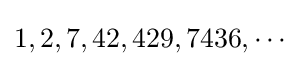
1,2,7,42,429,7436,\cdots